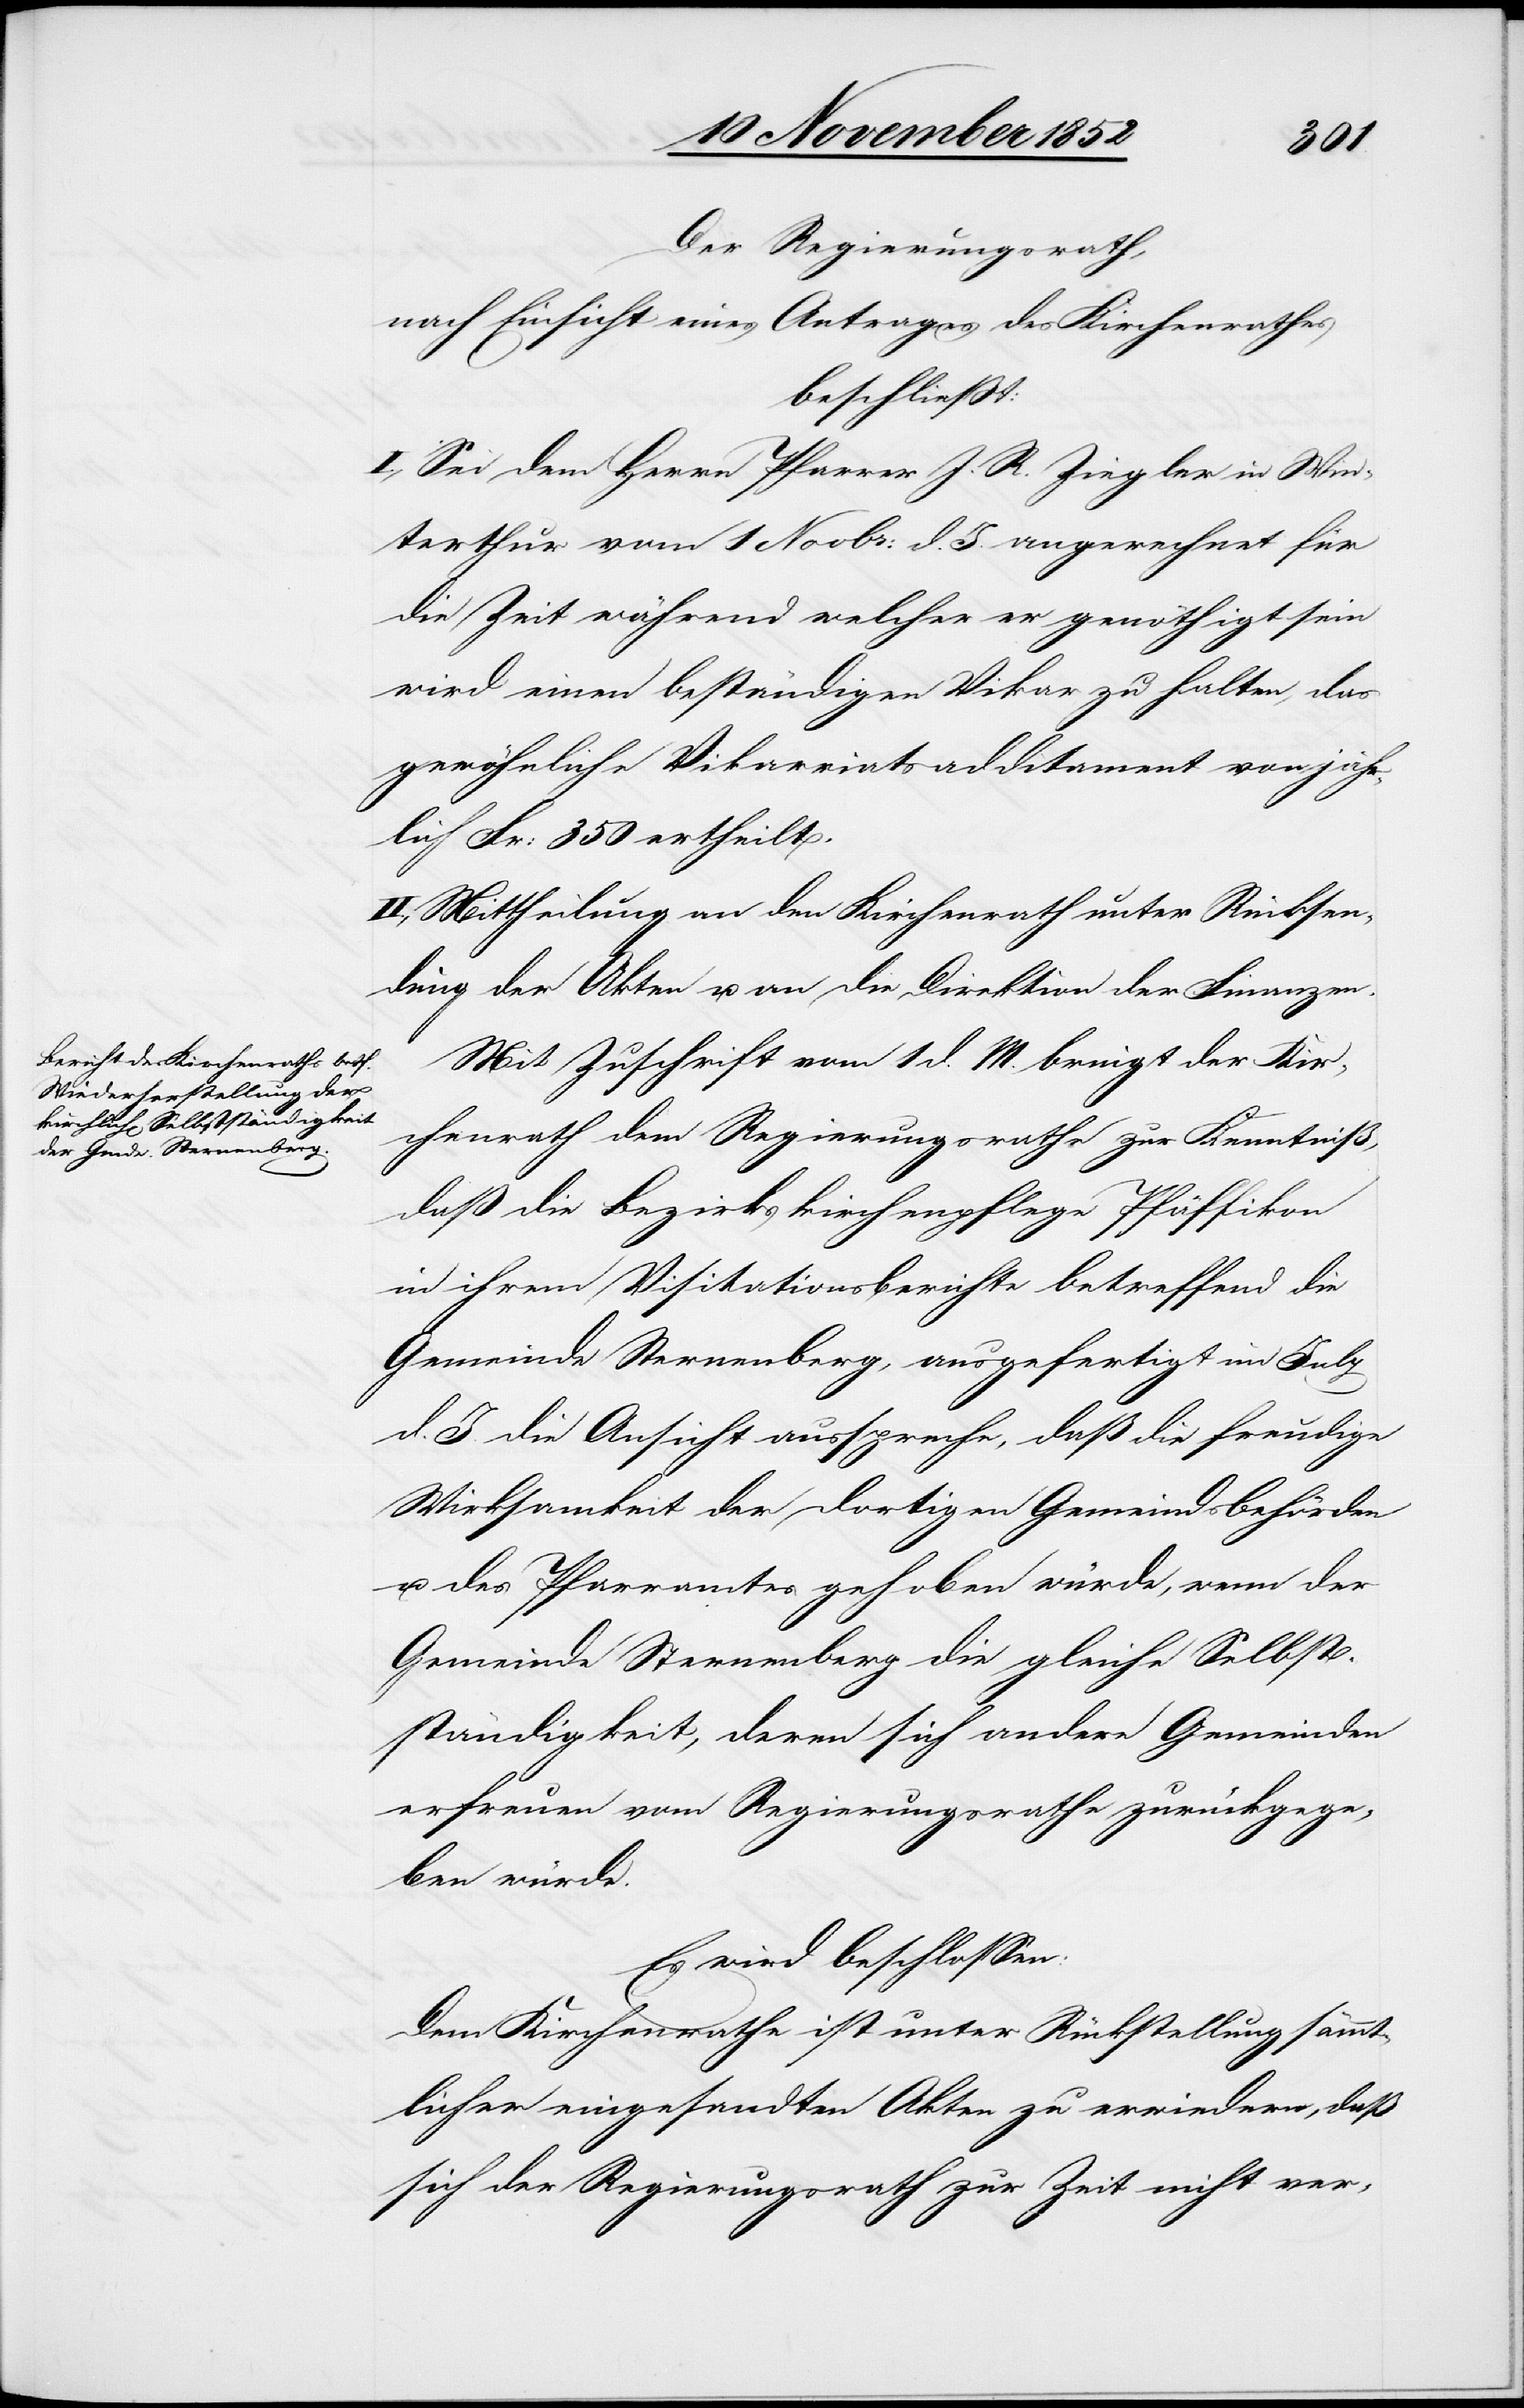
Der Regierungsrath,
nach Einsicht eines Antrages des Kirchenrathes
beschließt:
I., Sei dem Herrn Pfarrer J. R. Ziegler in Win¬
terthur vom 1 Novbr: d. J. angerechnet für
die Zeit während welcher er genöthigt sein
wird einen beständigen Vikar zu halten, das
gewöhnliche Vikarriatsadditament von jähr¬
lich Fr: 350 ertheilt.
II., Mittheilung an den Kirchenrath unter Rücksen¬
dung der Akten u. an die Direktion der Finanzen.
Mit Zuschrift vom 1 d. M. bringt der Kir¬
chenrath dem Regierungsrathe zur Kenntniß,
daß die Bezirkskirchenpflege Pfäffikon
in ihrem Visitationsberichte betreffend die
Gemeinde Sternenberg, ausgefertigt im July
d. J. die Ansicht ausspreche, daß die freudige
Wirksamkeit der dortigen Gemeindsbehörden
u. des Pfarramtes gehoben würde, wenn der
Gemeinde Sternenberg die gleiche Selbst¬
ständigkeit, deren sich andere Gemeinden
erfreuen vom Regierungsrathe zurückgege¬
ben würde.
Es wird beschlossen:
Dem Kirchenrathe ist unter Rückstellung sämmt¬
licher eingesandten Akten zu erwiedern, daß
sich der Regierungsrath zur Zeit nicht ver-